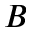
B